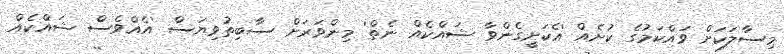
މިސާލަކަށް ވައްކަމުގެ ކުށެއް 'އެކަށީގެންވާ ޝައްކެއް ނެތް' މިންވަރަށް ސާބިތުވިޔަސް 'އެއްވެސް ޝައްކެއް